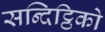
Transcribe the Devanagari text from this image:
सन्दिट्ठिको